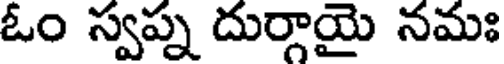
ఓం స్వప్న దుర్గాయై నమః